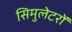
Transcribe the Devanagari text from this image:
सिमुलेटरों